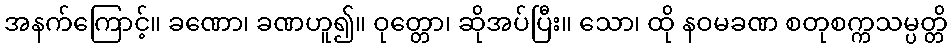
အနက်ကြောင့်။ ခဏော၊ ခဏဟူ၍။ ဝုတ္တော၊ ဆိုအပ်ပြီး။ သော၊ ထို နဝမခဏ စတုစက္ကသမ္ပတ္တိ